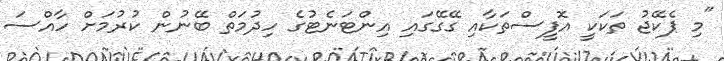
"މި ޕެކޭޖު ތަކަކީ އޮފީސްތަކާއި ގޭގޭގައި އިންޓަނެޓުގެ ހިދުމަތް ބޭނުން ކުރުމަށް ހާއްސަ